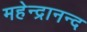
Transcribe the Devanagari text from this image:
महेन्द्रानन्द